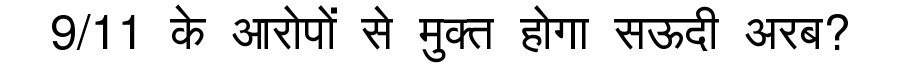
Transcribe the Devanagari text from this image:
9/11 के आरोपों से मुक्त होगा सऊदी अरब?